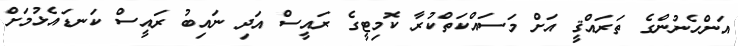
އަންހެނުންގެ ތަރައްޤީ އަށް މަސައްކަތްކުރާ ކޮމިޓީގެ ރައީސް އަދި ނައިބު ރައީސް ކަނޑައެޅުމަށް